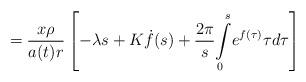
LaTeX: \begin{align*}=\frac{x\rho}{a(t)r}\left[ -\lambda s+K\dot{f}(s)+\frac{2\pi}{s}{\displaystyle\int\limits_{0}^{s}}e^{f(\tau)}\tau d\tau\right] \end{align*}